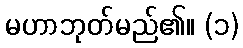
မဟာဘုတ်မည်၏။ (၁)